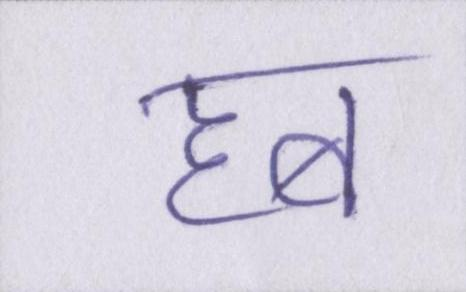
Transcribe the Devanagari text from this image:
हब